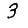
Digit: 3